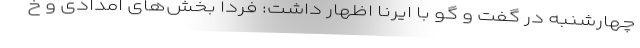
چهارشنبه در گفت و گو با ایرنا اظهار داشت: فردا بخش‌های امدادی و خ